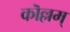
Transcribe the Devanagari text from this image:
कॊल्लम्